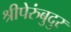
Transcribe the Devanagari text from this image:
श्रीपेरुंबुदुर